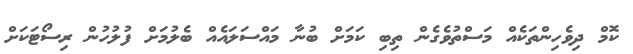
ކޮމް ދިވެހިންތަކެއް މަސްތުވެގެން ތިބި ކަމަށް ބުނާ މައްސަލައެއްް ބެލުމަށް ފުލުހުން ރިސޯޓަކަށް